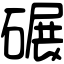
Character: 碾